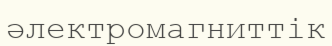
әлектромагниттік